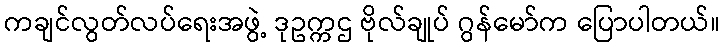
ကချင်လွတ်လပ်ရေးအဖွဲ့ ဒုဥက္ကဌ ဗိုလ်ချုပ် ဂွန်မော်က ပြောပါတယ်။